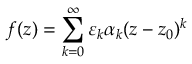
f ( z ) = \sum _ { k = 0 } ^ { \infty } \varepsilon _ { k } \alpha _ { k } ( z - z _ { 0 } ) ^ { k }